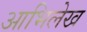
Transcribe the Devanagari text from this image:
आभिलेख